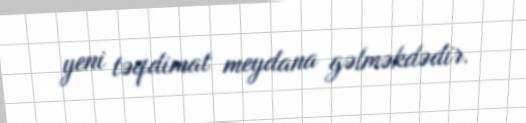
yeni təqdimat meydana gəlməkdədir.